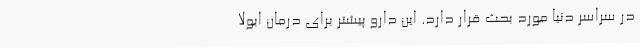
در سراسر دنیا مورد بحث قرار دارد. این دارو پیشتر برای درمان ابولا